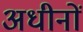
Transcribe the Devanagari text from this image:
अधीनों